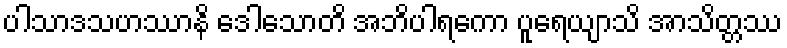
ပါသာဒသဟဿာနိ ဒေါသောတိ အဘိပါရကော ပူရေယျာသိ အာသိတ္တဿ